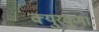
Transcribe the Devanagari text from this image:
क्युरकुमा